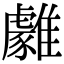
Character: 𩁋